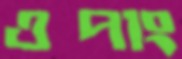
ওপাং